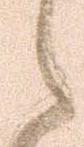
ら